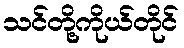
သင်တို့ကိုယ်တိုင်